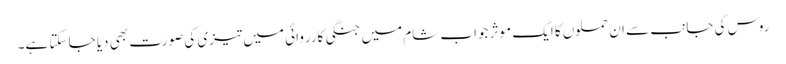
روس کی جانب سے ان حملوں کا ایک موثر جواب شام میں جنگی کارروائی میں تیزی کی صورت بھی دیا جا سکتا ہے۔